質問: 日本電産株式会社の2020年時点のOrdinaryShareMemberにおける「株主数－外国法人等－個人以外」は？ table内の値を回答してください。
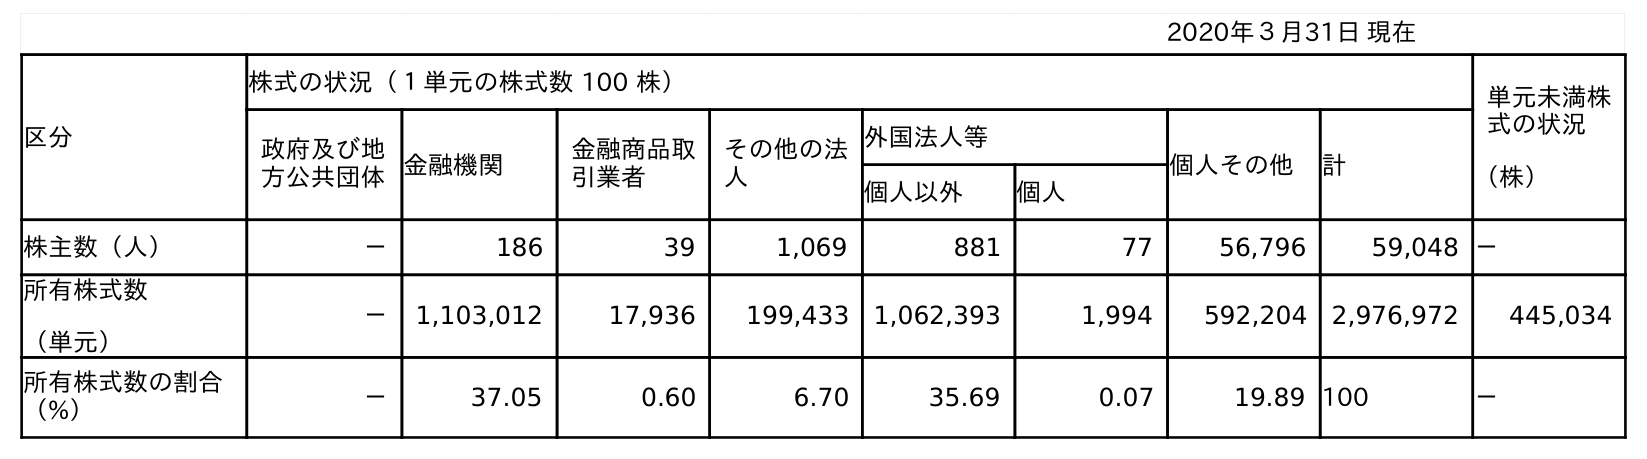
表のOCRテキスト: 2020年３月31日 現在 区分 株式の状況（１単元の株式数 100 株） 単元未満株 式の状況 （株） 政府及び地 方公共団体金融機関 金融商品取 引業者 その他の法 人 外国法人等 個人その他 計 個人以外 個人 株主数（人） － 186 39 1,069 881 77 56,796 59,048 － 所有株式数 （単元） － 1,103,012 17,936 199,433 1,062,393 1,994 592,204 2,976,972 445,034 所有株式数の割合 （%） － 37.05 0.60 6.70 35.69 0.07 19.89 100 －
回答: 881